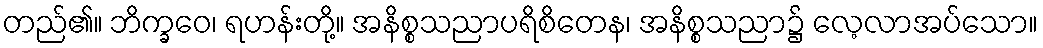
တည်၏။ ဘိက္ခဝေ၊ ရဟန်းတို့။ အနိစ္စသညာပရိစိတေန၊ အနိစ္စသညာ၌ လေ့လာအပ်သော။